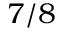
7 / 8